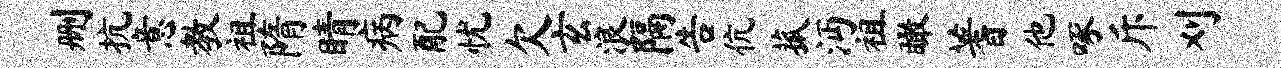
删抗意教祖隋睛病配忧欠玄浪隔告伉菰沔祖瞰蓍他啄斥刈